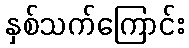
နှစ်သက်ကြောင်း